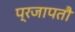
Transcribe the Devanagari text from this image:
प्रजापतौ